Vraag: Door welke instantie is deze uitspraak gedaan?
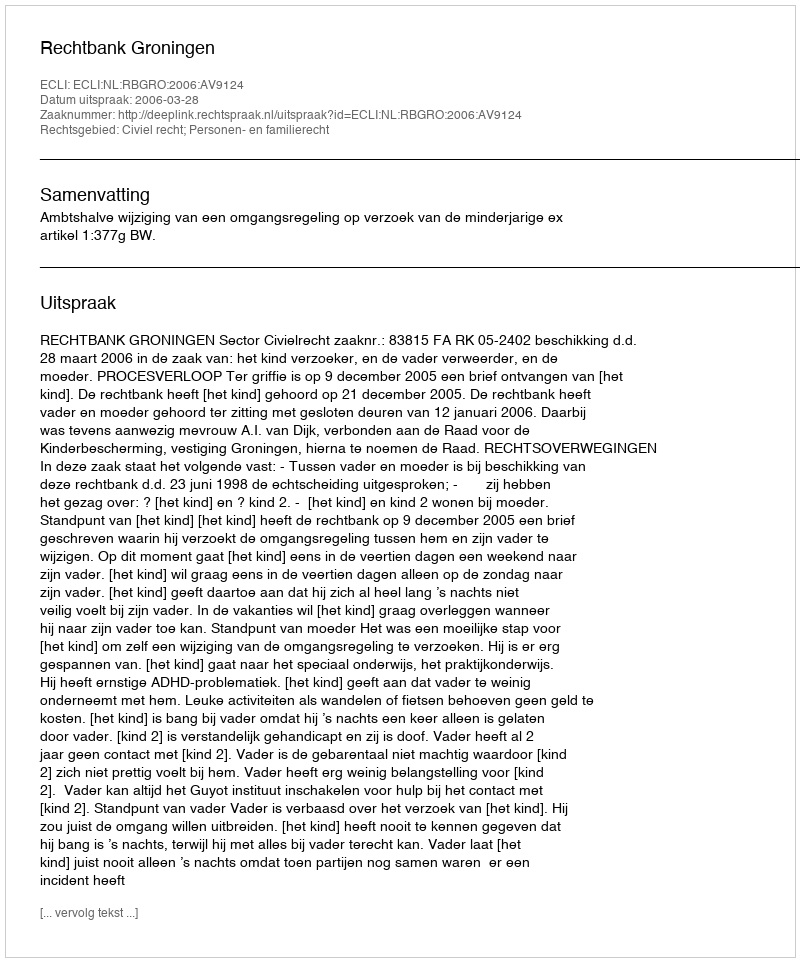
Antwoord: Rechtbank Groningen